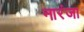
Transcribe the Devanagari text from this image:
नारंजा